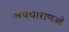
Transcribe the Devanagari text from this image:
अवधाराणओं